Annual report of the Bengal Veterinary College and of the Civil Veterinary Department, Bengal, for the year 1919-20 - 1919-1920
Year: 1919
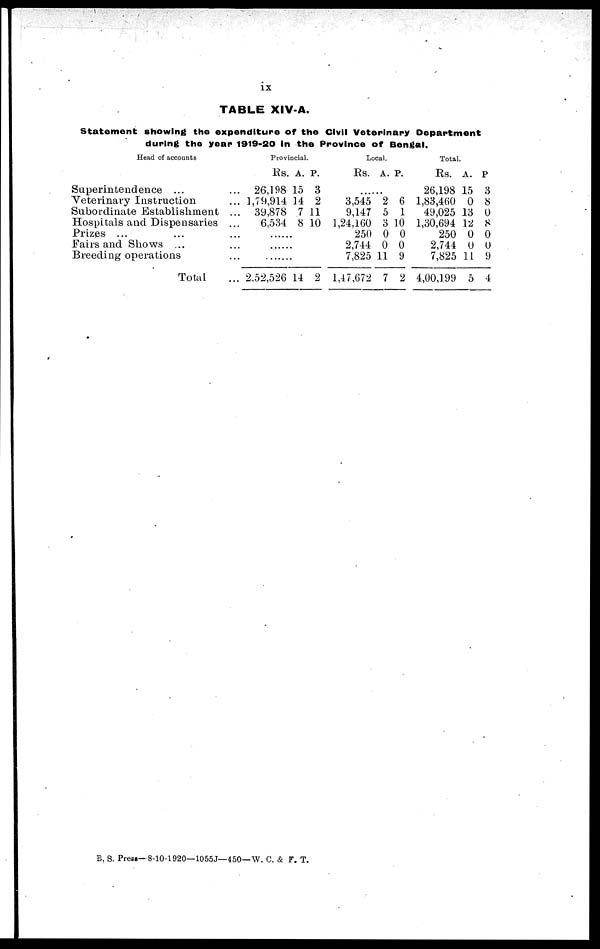
ix
TABLE XIV-A.
Statement showing the expenditure of the Civil Veterinary Department
during the year 1919-20 in the Province of Bengal.
Head of accounts
Superintendence ... ...
Veterinary Instruction ...
Subordinate Establishment ...
Hospitals and Dispensaries ...
Prizes ... ... ...
Fairs and Shows ... ...
Breeding operations ...
Total ...
Provincial.
Rs. A. P.
26,198 15 3
1,79,914 14 2
39,878 7 11
6,534 8 10
......
......
......
2,52,526 14 2
Local.
Rs. A. P.
......
3,545 2 6
9,147 5 1
1,24.160 3 10
250 0 0
2,744 0 0
7,825 11 9
1,47,672 7 2
Total.
Rs. A. P
26,198 15 3
1,83,460 0 8
49,025 13 0
1,30,694 12 8
250 0 0
2,744 0 0
7,825 11 9
4,00,199 5 4
B. S. Press— 8-10-1920—1055J—450—W. C. & F. T.